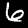
Digit: 6